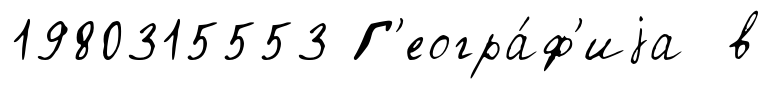
1980315553 Г'еогра́ф'иjа в